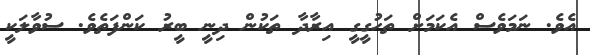
އެވެ. ނަމަވެސް އެކަމަށް ތަހުގީގީ އިރާދާ ތަކުން ދިނީ ބީރު ކަންފަތެވެ. ސުވާލަކީ